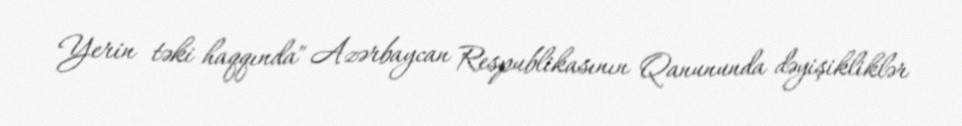
Yerin təki haqqında" Azərbaycan Respublikasının Qanununda dəyişikliklər